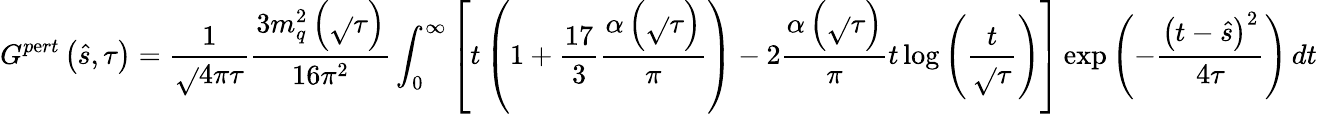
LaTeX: G^{p\mathrm{e}rt}\left(\hat{{s}},\tau\right)=\frac{{1}}{{\sqrt{}{{4\pi\tau}}}}\frac{{3m_{q}^{2}\left(\sqrt{}{{\tau}}\right)}}{{16\pi^{2}}}\int_{0}^{\infty}\left[t\left(1+\frac{{17}}{{3}}\frac{{\alpha\left(\sqrt{}{{\tau}}\right)}}{{\pi}}\right)-2\frac{{\alpha\left(\sqrt{}{{\tau}}\right)}}{{\pi}}t\log{\left(\frac{{t}}{{\sqrt{}{{\tau}}}}\right)}\right]\exp{\left(-\frac{{\left(t-\hat{{s}}\right)^{2}}}{{4\tau}}\right)}\, dt